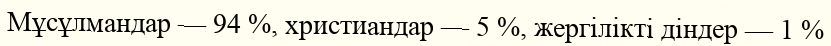
Мұсұлмандар — 94 %, христиандар — 5 %, жергілікті діндер — 1 %